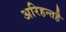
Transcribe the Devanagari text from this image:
अरिहन्तहै